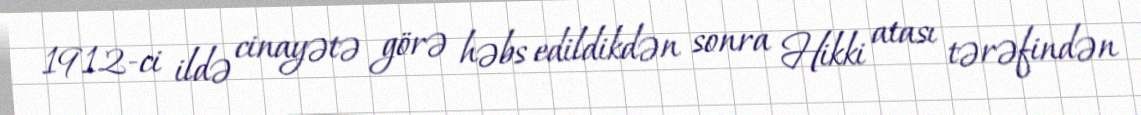
1912-ci ildə cinayətə görə həbs edildikdən sonra Hikki atası tərəfindən